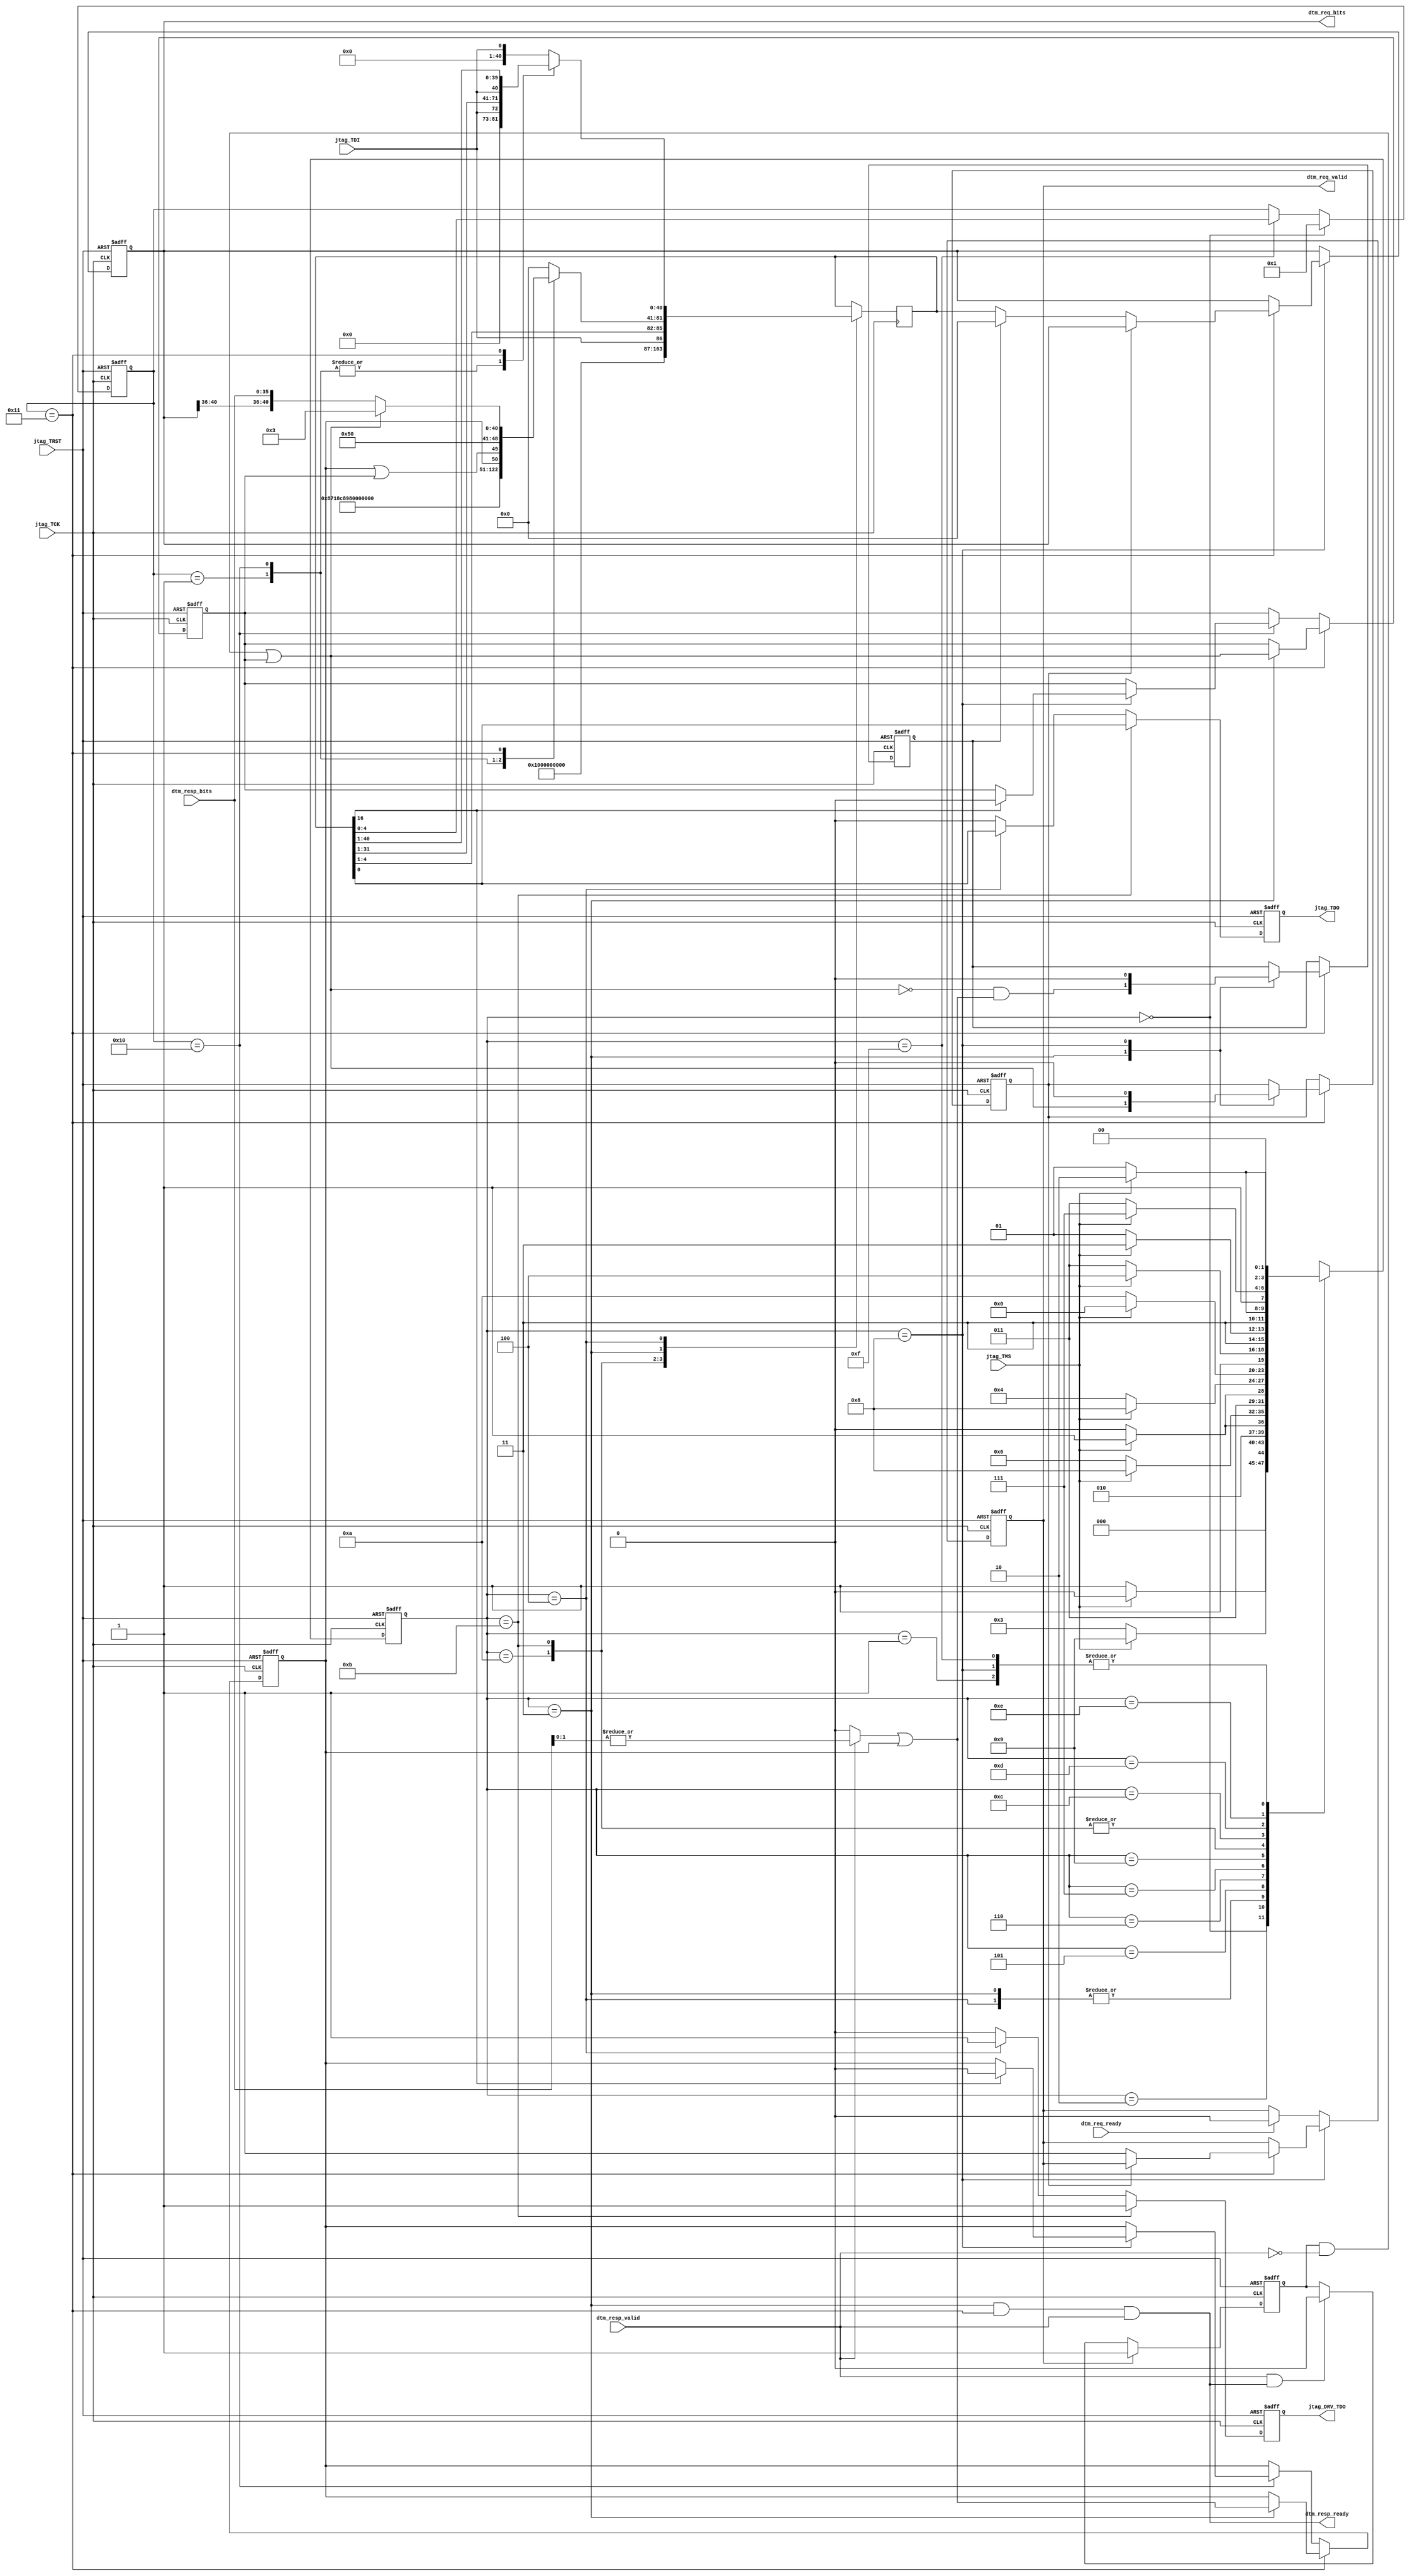


module DebugTransportModuleJtag (
                   
                                 //JTAG Interface
                                 
                                 jtag_TDI,
                                 jtag_TDO,
                                 jtag_TCK,
                                 jtag_TMS,
                                 jtag_TRST,
                             
                                 jtag_DRV_TDO,

                                 dtm_req_valid,
                                 dtm_req_ready,
                                 dtm_req_bits,

                                 dtm_resp_valid,
                                 dtm_resp_ready,
                                 dtm_resp_bits
                                                                  
                                 );
   //--------------------------------------------------------
   // Parameter Declarations
   
   parameter DEBUG_DATA_BITS  = 34;
   parameter DEBUG_ADDR_BITS = 5; // Spec allows values are 5-7 
   parameter DEBUG_OP_BITS = 2; // OP and RESP are the same size.

   parameter JTAG_VERSION  = 4'h1;
   parameter JTAG_PART_NUM = 16'h0E31; // E31
   parameter JTAG_MANUF_ID = 11'h489;  // As Assigned by JEDEC

   // Number of cycles which must remain in IDLE
   // The software should handle even if the
   // answer is actually higher than this, or
   // the software may choose to ignore it entirely
   // and just check for busy.
   parameter DBUS_IDLE_CYCLES = 3'h5;

   localparam IR_BITS = 5;

   localparam DEBUG_VERSION = 0;
   
   // JTAG State Machine
   localparam TEST_LOGIC_RESET  = 4'h0;
   localparam RUN_TEST_IDLE     = 4'h1;
   localparam SELECT_DR         = 4'h2;
   localparam CAPTURE_DR        = 4'h3;
   localparam SHIFT_DR          = 4'h4;
   localparam EXIT1_DR          = 4'h5;
   localparam PAUSE_DR          = 4'h6;
   localparam EXIT2_DR          = 4'h7;
   localparam UPDATE_DR         = 4'h8;
   localparam SELECT_IR         = 4'h9;
   localparam CAPTURE_IR        = 4'hA;
   localparam SHIFT_IR          = 4'hB;
   localparam EXIT1_IR          = 4'hC;
   localparam PAUSE_IR          = 4'hD;
   localparam EXIT2_IR          = 4'hE;
   localparam UPDATE_IR         = 4'hF;

   //RISCV DTM Registers (see RISC-V Debug Specification)
   // All others are treated as 'BYPASS'.
   localparam REG_BYPASS       = 5'b11111;
   localparam REG_IDCODE       = 5'b00001;
   localparam REG_DEBUG_ACCESS = 5'b10001;
   localparam REG_DTM_INFO     = 5'b10000;

   localparam DBUS_REG_BITS = DEBUG_OP_BITS + DEBUG_ADDR_BITS + DEBUG_DATA_BITS;
   localparam DBUS_REQ_BITS = DEBUG_OP_BITS + DEBUG_ADDR_BITS + DEBUG_DATA_BITS;
   localparam DBUS_RESP_BITS = DEBUG_OP_BITS + DEBUG_DATA_BITS;
   
      
   localparam SHIFT_REG_BITS = DBUS_REG_BITS;

   //--------------------------------------------------------
   // I/O Declarations
   
   //JTAG SIDE
   input                                jtag_TDI;
   output reg                           jtag_TDO;
   input                                jtag_TCK;
   input                                jtag_TMS;
   input                                jtag_TRST;

   // To allow tri-state outside of this block.
   output reg                           jtag_DRV_TDO;

   // RISC-V Core Side

   output                               dtm_req_valid;
   input                                dtm_req_ready;
   output [DBUS_REQ_BITS - 1 :0]        dtm_req_bits;

   input                                dtm_resp_valid;
   output                               dtm_resp_ready;
   input [DBUS_RESP_BITS - 1 : 0]        dtm_resp_bits;
   
   //--------------------------------------------------------
   // Reg and Wire Declarations 
   
   reg [IR_BITS -1 : 0 ]                irReg;
   
   wire [31:0]                          idcode;
   wire [31:0]                          dtminfo;
   reg [DBUS_REG_BITS - 1 : 0]          dbusReg;
   reg                                  dbusValidReg;
   
   reg [3:0]                            jtagStateReg;
   
   reg [SHIFT_REG_BITS -1 : 0]          shiftReg;

   reg                                  doDbusWriteReg;
   reg                                  doDbusReadReg;

   reg                                  busyReg;
   reg                                  stickyBusyReg;
   reg                                  stickyNonzeroRespReg;
      
   reg                                  skipOpReg; // Skip op because we're busy.
   reg                                  downgradeOpReg; // Downgrade op because prev. op failed.

   wire                                 busy;
   wire                                 nonzeroResp;

   wire [SHIFT_REG_BITS -1 : 0]         busyResponse;
   wire [SHIFT_REG_BITS -1 : 0]         nonbusyResponse;
   
   //--------------------------------------------------------
   // Combo Logic

   assign idcode  = {JTAG_VERSION, JTAG_PART_NUM, JTAG_MANUF_ID, 1'h1};

   wire [3:0]                           debugAddrBits = DEBUG_ADDR_BITS[3:0];
   wire [3:0]                           debugVersion = DEBUG_VERSION[3:0];

   wire [1:0]                           dbusStatus;
   wire [2:0]                           dbusIdleCycles;

   wire                                 dbusReset;
   
   assign dbusIdleCycles = DBUS_IDLE_CYCLES;
   assign dbusStatus = {stickyNonzeroRespReg, stickyNonzeroRespReg | stickyBusyReg};
   assign dbusReset = shiftReg[16];

   assign dtminfo = {15'b0,
                     1'b0, // dbusreset goes here but is write-only
                     3'b0, 
                     dbusIdleCycles, 
                     dbusStatus, 
                     debugAddrBits, 
                     debugVersion};
   
   //busy, dtm_resp* is only valid during CAPTURE_DR,
   //      so these signals should only be used at that time.
   // This assumes there is only one transaction in flight at a time.
   assign busy = (busyReg & ~dtm_resp_valid) | stickyBusyReg;
   // This is needed especially for the first request.
   assign nonzeroResp = (dtm_resp_valid ? | {dtm_resp_bits[DEBUG_OP_BITS-1:0]} : 1'b0) | stickyNonzeroRespReg;
   
   // Interface to DM.
   // Note that this means dtm_resp_bits must only be used during CAPTURE_DR.
   assign dtm_resp_ready = (jtagStateReg == CAPTURE_DR) &&
                           (irReg        == REG_DEBUG_ACCESS) &&
                           dtm_resp_valid;
      
   assign dtm_req_valid = dbusValidReg;
   assign dtm_req_bits  = dbusReg;
   
   assign busyResponse  = {{(DEBUG_ADDR_BITS +  DEBUG_DATA_BITS){1'b0}},
                           {(DEBUG_OP_BITS){1'b1}}};                                    // Generalizing 'busy' to 'all-1'
   
   assign nonbusyResponse =  {dbusReg[(DEBUG_DATA_BITS + DEBUG_OP_BITS) +: DEBUG_ADDR_BITS] ,     // retain address bits from Req. 
                              dtm_resp_bits[DEBUG_OP_BITS +: DEBUG_DATA_BITS] ,                   // data
                              dtm_resp_bits[0 +: DEBUG_OP_BITS]                                   // response
                              };
      
   //--------------------------------------------------------
   // Sequential Logic

   // JTAG STATE MACHINE

   always @(posedge jtag_TCK or posedge jtag_TRST) begin
      if (jtag_TRST) begin
         jtagStateReg <= TEST_LOGIC_RESET;
      end else begin
         case (jtagStateReg)
           TEST_LOGIC_RESET  : jtagStateReg <= jtag_TMS ? TEST_LOGIC_RESET : RUN_TEST_IDLE;
           RUN_TEST_IDLE     : jtagStateReg <= jtag_TMS ? SELECT_DR        : RUN_TEST_IDLE;
           SELECT_DR         : jtagStateReg <= jtag_TMS ? SELECT_IR        : CAPTURE_DR;
           CAPTURE_DR        : jtagStateReg <= jtag_TMS ? EXIT1_DR         : SHIFT_DR;
           SHIFT_DR          : jtagStateReg <= jtag_TMS ? EXIT1_DR         : SHIFT_DR;
           EXIT1_DR          : jtagStateReg <= jtag_TMS ? UPDATE_DR        : PAUSE_DR;
           PAUSE_DR          : jtagStateReg <= jtag_TMS ? EXIT2_DR         : PAUSE_DR;
           EXIT2_DR          : jtagStateReg <= jtag_TMS ? UPDATE_DR        : SHIFT_DR;
           UPDATE_DR         : jtagStateReg <= jtag_TMS ? SELECT_DR        : RUN_TEST_IDLE;
           SELECT_IR         : jtagStateReg <= jtag_TMS ? TEST_LOGIC_RESET : CAPTURE_IR;
           CAPTURE_IR        : jtagStateReg <= jtag_TMS ? EXIT1_IR         : SHIFT_IR;
           SHIFT_IR          : jtagStateReg <= jtag_TMS ? EXIT1_IR         : SHIFT_IR;
           EXIT1_IR          : jtagStateReg <= jtag_TMS ? UPDATE_IR        : PAUSE_IR;
           PAUSE_IR          : jtagStateReg <= jtag_TMS ? EXIT2_IR         : PAUSE_IR;
           EXIT2_IR          : jtagStateReg <= jtag_TMS ? UPDATE_IR        : SHIFT_IR;
           UPDATE_IR         : jtagStateReg <= jtag_TMS ? SELECT_DR        : RUN_TEST_IDLE; 
         endcase // case (jtagStateReg)
      end // else: !if(jtag_TRST)
   end // always @ (posedge jtag_TCK or posedge jtag_TRST)

   // SHIFT REG 
   always @(posedge jtag_TCK) begin
      case (jtagStateReg)
        CAPTURE_IR : shiftReg <= {{(SHIFT_REG_BITS-1){1'b0}}, 1'b1}; //JTAG spec only says must end with 'b01. 
        SHIFT_IR   : shiftReg <= {{(SHIFT_REG_BITS-IR_BITS){1'b0}}, jtag_TDI, shiftReg[IR_BITS-1 : 1]};
        CAPTURE_DR : case (irReg) 
                       REG_BYPASS       : shiftReg <= {(SHIFT_REG_BITS){1'b0}};
                       REG_IDCODE       : shiftReg <= {{(SHIFT_REG_BITS-32){1'b0}}, idcode};
                       REG_DTM_INFO     : shiftReg <= {{(SHIFT_REG_BITS-32){1'b0}}, dtminfo};
                       REG_DEBUG_ACCESS : shiftReg <= busy ? busyResponse : nonbusyResponse;
                       default : //BYPASS
                         shiftReg <= {(SHIFT_REG_BITS){1'b0}};
                     endcase
        SHIFT_DR   : case (irReg) 
                       REG_BYPASS   : shiftReg <= {{(SHIFT_REG_BITS- 1){1'b0}}, jtag_TDI};
                       REG_IDCODE   : shiftReg <= {{(SHIFT_REG_BITS-32){1'b0}}, jtag_TDI, shiftReg[31:1]};
                       REG_DTM_INFO : shiftReg <= {{(SHIFT_REG_BITS-32){1'b0}}, jtag_TDI, shiftReg[31:1]};
                       REG_DEBUG_ACCESS : shiftReg <= {jtag_TDI, shiftReg[SHIFT_REG_BITS -1 : 1 ]};
                       default: // BYPASS
                        shiftReg <= {{(SHIFT_REG_BITS- 1){1'b0}} , jtag_TDI};
                     endcase // case (irReg)  
      endcase // case (jtagStateReg)
   end

   // IR 
   always @(negedge jtag_TCK or posedge jtag_TRST) begin
      if (jtag_TRST) begin
         irReg <= REG_IDCODE;
      end else if (jtagStateReg == TEST_LOGIC_RESET) begin
         irReg <= REG_IDCODE;
      end else if (jtagStateReg == UPDATE_IR) begin
         irReg <= shiftReg[IR_BITS-1:0];
      end
   end
  
   // Busy. We become busy when we first try to send a request.
   // We stop being busy when we accept a response.
   // This means that busyReg will still be set when we check it,
   // so the logic for checking busy looks ahead.
   
   always @(posedge jtag_TCK or posedge jtag_TRST) begin
      if (jtag_TRST) begin
         busyReg <= 1'b0;
      end else if (dtm_req_valid) begin //UPDATE_DR onwards
         busyReg <= 1'b1;
      end else if (dtm_resp_valid & dtm_resp_ready) begin //only in CAPTURE_DR
         busyReg <= 1'b0;
      end
   end // always @ (posedge jtag_TCK or posedge jtag_TRST)


   // Downgrade/Skip. We make the decision to downgrade or skip
   // during every CAPTURE_DR, and use the result in UPDATE_DR.
   always @(posedge jtag_TCK or posedge jtag_TRST) begin
      if (jtag_TRST) begin
         skipOpReg            <= 1'b0;
         downgradeOpReg       <= 1'b0;
         stickyBusyReg        <= 1'b0;
         stickyNonzeroRespReg <= 1'b0;
      end else if (irReg == REG_DEBUG_ACCESS) begin
         case(jtagStateReg)
           CAPTURE_DR: begin
              skipOpReg      <= busy;
              downgradeOpReg <= (~busy & nonzeroResp);
              stickyBusyReg  <= busy;
              stickyNonzeroRespReg <= nonzeroResp;
           end
           UPDATE_DR: begin
              skipOpReg      <= 1'b0;
              downgradeOpReg <= 1'b0;
           end
         endcase // case (jtagStateReg)
      end else if (irReg == REG_DTM_INFO) begin
         case(jtagStateReg)
           UPDATE_DR: begin
              if (dbusReset) begin
                 stickyNonzeroRespReg <= 1'b0;
                 stickyBusyReg        <= 1'b0;
              end
           end
         endcase // case (jtagStateReg)
      end
   end // always @ (posedge jtag_TCK or posedge jtag_TRST)
   
   
   //dbusReg, dbusValidReg.
   always @(posedge jtag_TCK or posedge jtag_TRST) begin
      if (jtag_TRST) begin
         dbusReg <= {(DBUS_REG_BITS) {1'b0}};
         dbusValidReg <= 1'b0;
      end else if (jtagStateReg == UPDATE_DR) begin
         if (irReg == REG_DEBUG_ACCESS) begin
            if (skipOpReg) begin
               // do nothing.
            end else if (downgradeOpReg) begin
               dbusReg      <= {(DBUS_REG_BITS){1'b0}}; // NOP has encoding 2'b00.
               dbusValidReg <= 1'b1;
            end else begin 
               dbusReg      <= shiftReg[DBUS_REG_BITS-1:0];
               dbusValidReg <= 1'b1;
            end
         end
      end else if (dtm_req_ready) begin
         dbusValidReg <= 1'b0;
      end
   end // always @ (negedge jtag_TCK or posedge jtag_TRST)
        
   //TDO
   always @(negedge jtag_TCK or posedge jtag_TRST) begin
      if (jtag_TRST) begin
         jtag_TDO     <= 1'b0;
         jtag_DRV_TDO <= 1'b0;
      end else if (jtagStateReg == SHIFT_IR) begin
         jtag_TDO     <= shiftReg[0];
         jtag_DRV_TDO <= 1'b1;
      end else if (jtagStateReg == SHIFT_DR) begin
         jtag_TDO     <= shiftReg[0];
         jtag_DRV_TDO <= 1'b1;
      end else begin
         jtag_TDO     <= 1'b0;
         jtag_DRV_TDO <= 1'b0;
      end
   end // always @ (negedge jtag_TCK or posedge jtag_TRST)
   
     
endmodule